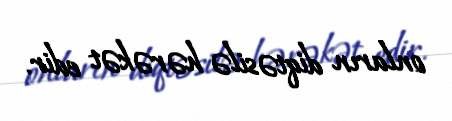
onların diqtəsilə hərəkət edir.